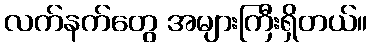
လက်နက်တွေ အများကြီးရှိတယ်။